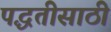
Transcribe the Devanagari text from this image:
पद्धतीसाठी